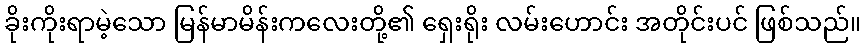
ခိုးကိုးရာမဲ့သော မြန်မာမိန်းကလေးတို့၏ ရှေးရိုး လမ်းဟောင်း အတိုင်းပင် ဖြစ်သည်။